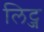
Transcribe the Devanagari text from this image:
लिट्ज